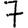
Digit: 7